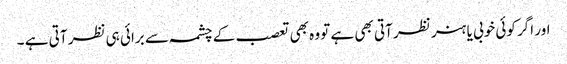
اور اگر کوئی خوبی یا ہنر نظر آتی بھی ہے تو وہ بھی تعصب کے چشمہ سے برائی ہی نظر آتی ہے ۔